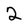
Character: 2